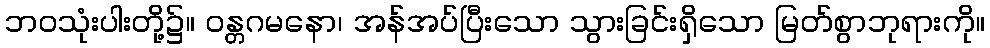
ဘဝသုံးပါးတို့၌။ ဝန္တဂမနော၊ အန်အပ်ပြီးသော သွားခြင်းရှိသော မြတ်စွာဘုရားကို။